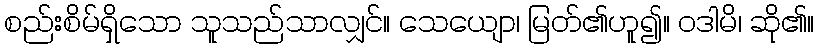
စည်းစိမ်ရှိသော သူသည်သာလျှင်။ သေယျော၊ မြတ်၏ဟူ၍။ ဝဒါမိ၊ ဆို၏။